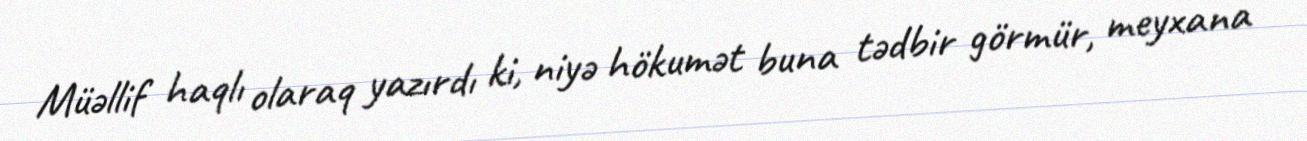
Müəllif haqlı olaraq yazırdı ki, niyə hökumət buna tədbir görmür, meyxana